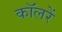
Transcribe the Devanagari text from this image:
कॉलरें